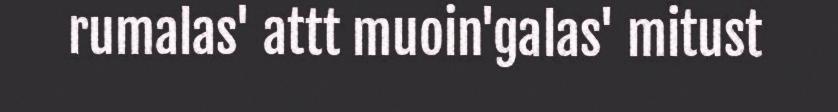
rumalas' attt muoin'galas' mitust